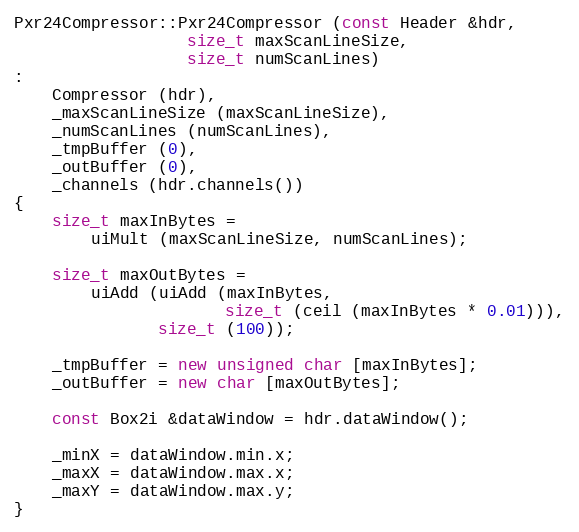
Language: C++
Pxr24Compressor::Pxr24Compressor (const Header &hdr,
				  size_t maxScanLineSize,
				  size_t numScanLines)
:
    Compressor (hdr),
    _maxScanLineSize (maxScanLineSize),
    _numScanLines (numScanLines),
    _tmpBuffer (0),
    _outBuffer (0),
    _channels (hdr.channels())
{
    size_t maxInBytes =
        uiMult (maxScanLineSize, numScanLines);

    size_t maxOutBytes =
        uiAdd (uiAdd (maxInBytes,
                      size_t (ceil (maxInBytes * 0.01))),
               size_t (100));

    _tmpBuffer = new unsigned char [maxInBytes];
    _outBuffer = new char [maxOutBytes];

    const Box2i &dataWindow = hdr.dataWindow();

    _minX = dataWindow.min.x;
    _maxX = dataWindow.max.x;
    _maxY = dataWindow.max.y;
}